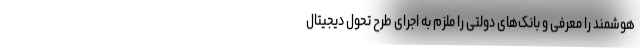
هوشمند را معرفی و بانک‌های دولتی را ملزم به اجرای طرح تحول دیجیتال